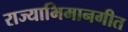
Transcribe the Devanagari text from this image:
राज्याभिमानगीत